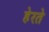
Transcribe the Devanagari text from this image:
हेरते